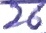
Text: 26